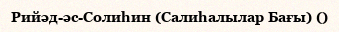
Рийәд-әс-Солиһин (Салиһалылар Бағы) ()